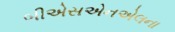
બીએસએનએલના